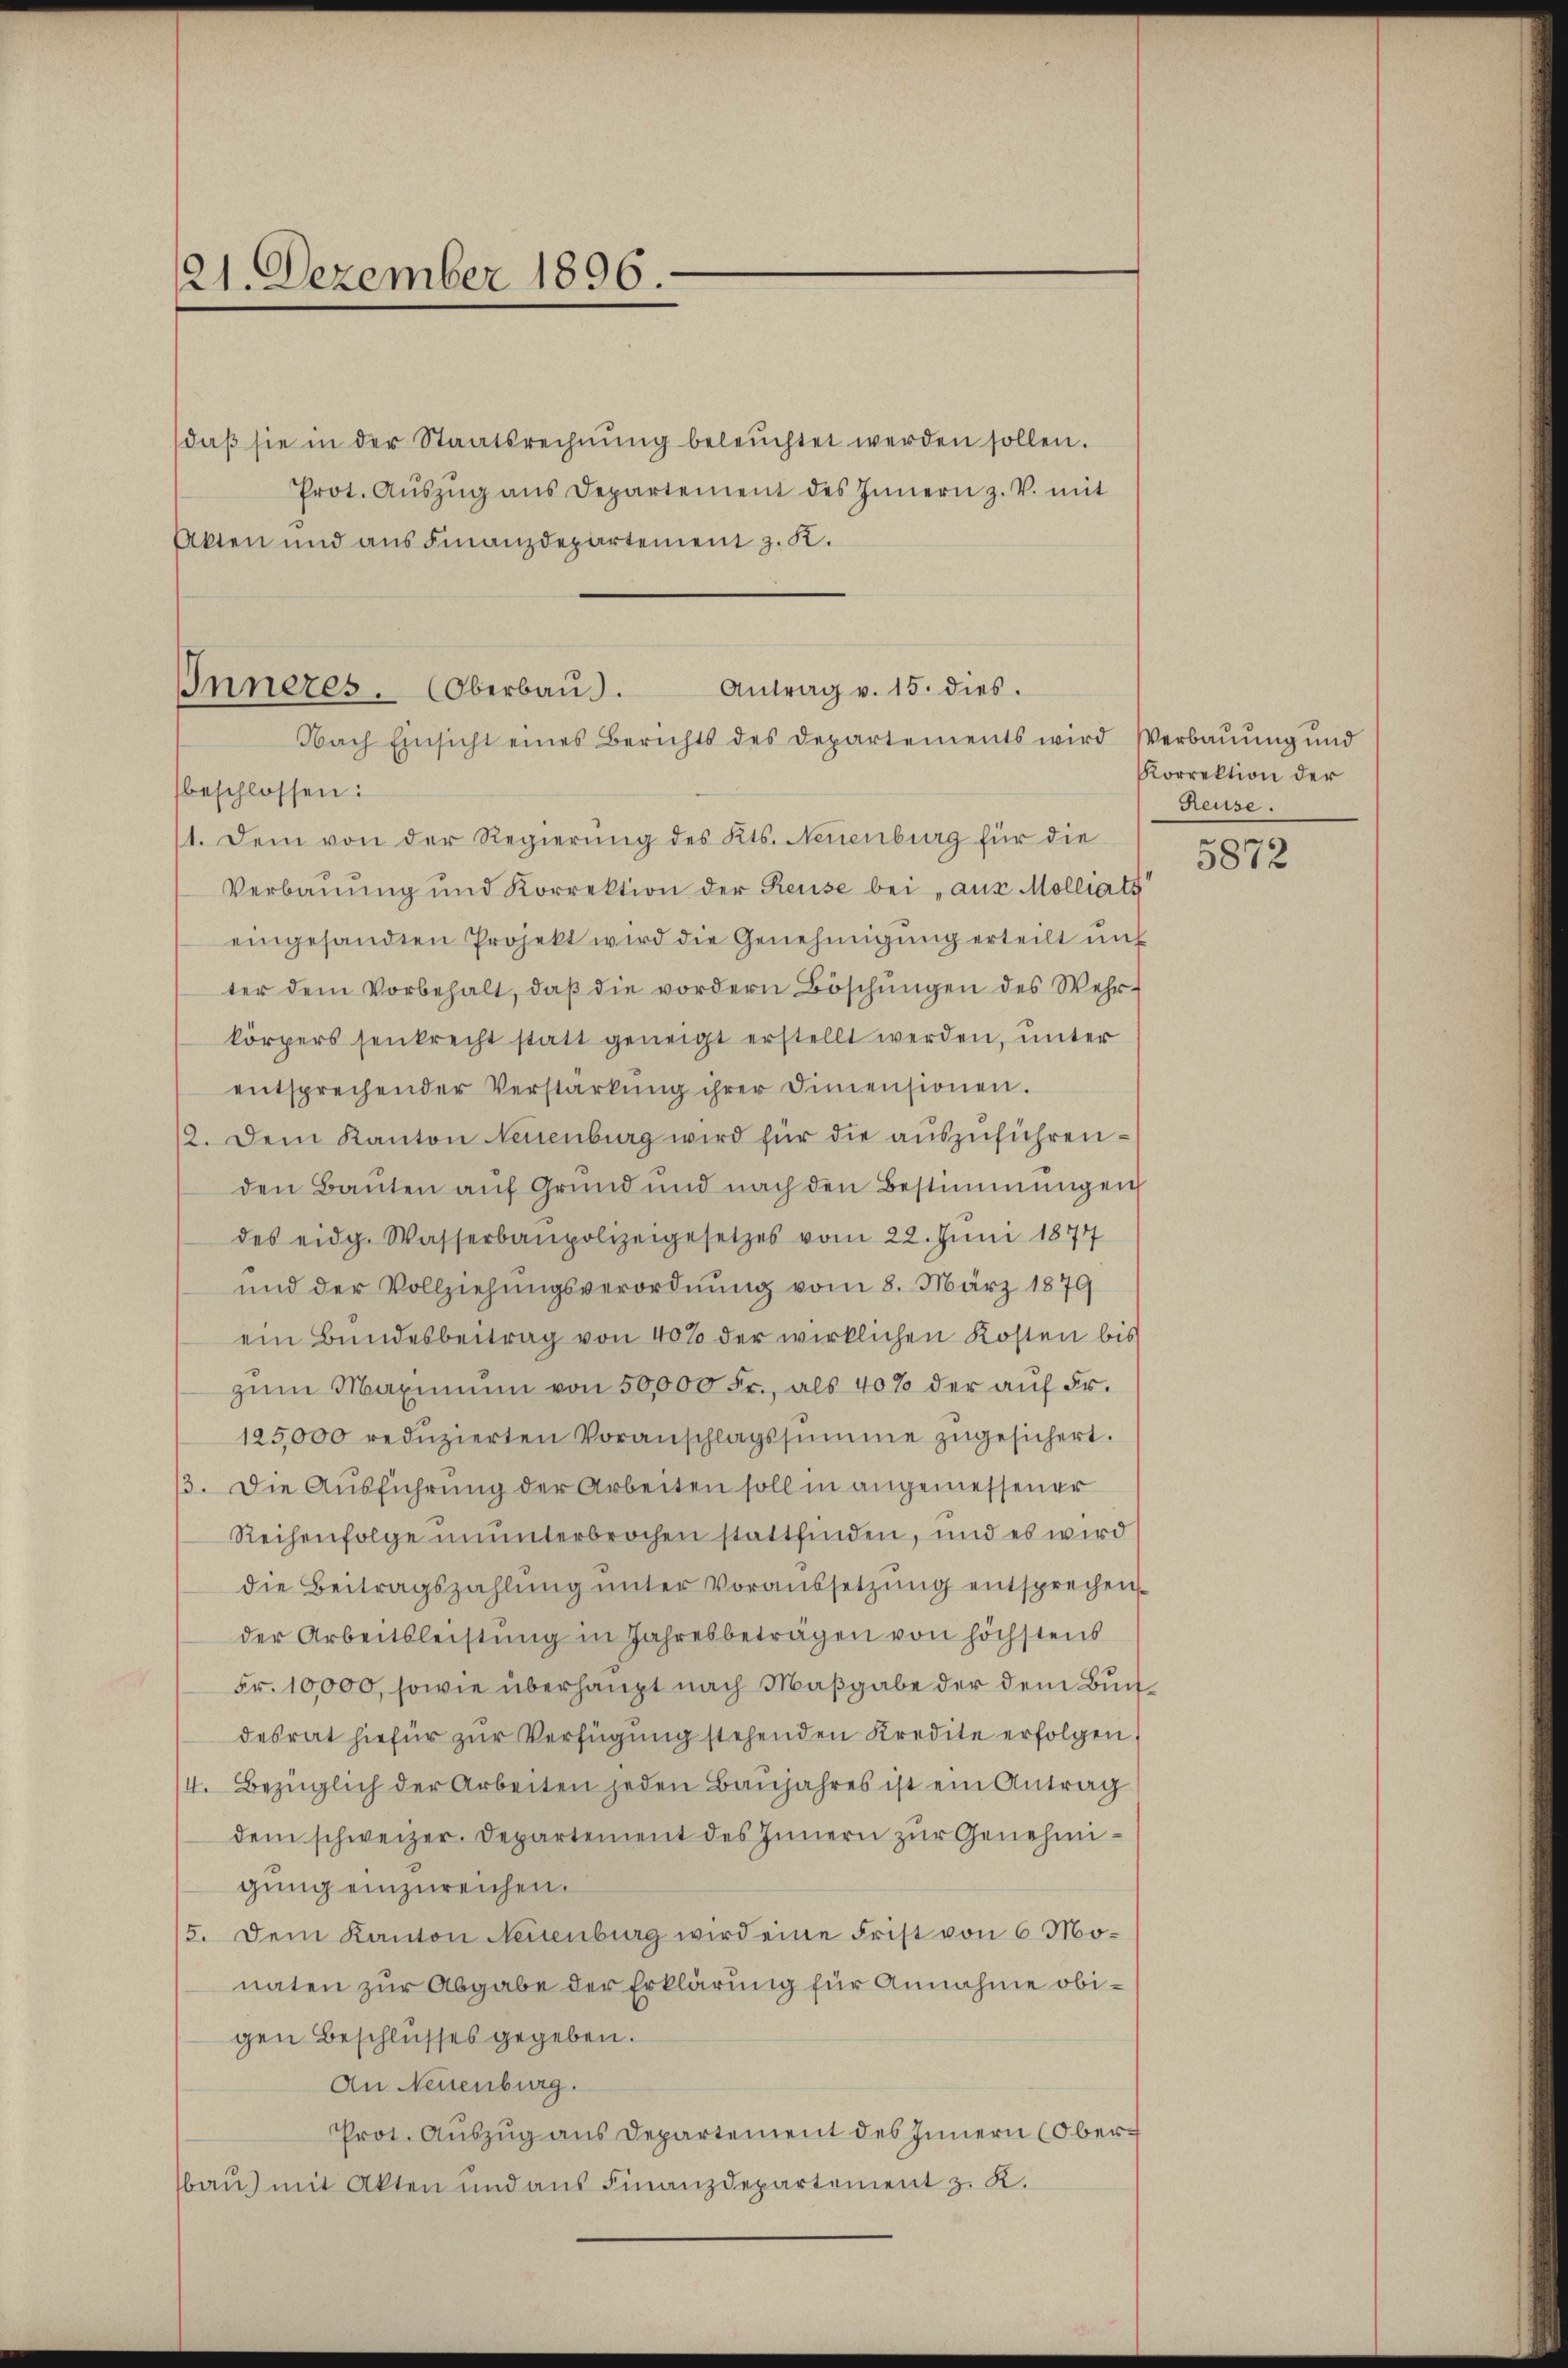
121. Dezember 1896.

daβ sie in der Staatsrechnŭng beleŭchtet werden sollen.
Prot. Aŭszŭg ans Departement des Innern z. V. mit
Akten und aus Finanzdepartement z. K.

Antrag v. 15. dies
Inneres. (Oberbau.
Nach Einsicht eines Berichts des Departements wird Verbaŭŭng und
beschlossen:

1. Dem von der Regierung des Kts. Neuenburg für die
Verbauung und Korrektion der Reuse bei aus Molliats
eingesandten Projekt wird die Genehmigung erteilt unt
ter dem Vorbehalt, daβ die vordern Böschŭngen des Wehr-
körpers senkrecht statt geneigt erstellt werden, unter
entsprechender Verstarkŭng ihrer Sinensionen.
12. Dem Kanton Neuenburg wird für die aŭszŭführenden Bauten auf Grund und nach den Bestimmungen
des eidg. Wasserbaupolizeigesetzes vom 22. Juni 1877
und der Vollziehungsverordnung vom 8. März 1879
ein Bundesbeitrag von 40% der wirklichen Kosten bis
zŭm Maximŭm von 50,000 Fr., als 40% der aŭf Fr.
125000 redŭzierten Voranschlagssumme zŭgesichert.
/3. Die Ausführung der Arbeiten soll in angemessener
Reihenfolge ununterbrochen stattfinden, und es wird
die Beitragszahlung unter Voraussetzung entsprechender Arbeitsleistŭng in Jahresbeträgen von höchstens
Fr. 10,000, sowie überhaupt nach Maßgabe der dem Buchdesrat hiefür zŭr Verfügung stehenden Kredite erfolgen,
4. Bezüglich der Arbeiten jeden Baŭjahres ist ein Antrag
dem schweizer. Departement des Innern zur Genehmigŭng einzureichen.
5. Dem Kanton Neuenburg wird eine Frist von 6 Monaten zur Abgabe der Erklärung für Annahme obigen Beschlusses gegeben.
An Neuenburg.
Prot. Aŭszŭg ans Departement des Innern (Oberbau mit Akten und aus Finanzdepartement z. K.

Korrektion der
Reuse.
5872